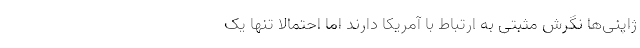
ژاپنی‌ها نگرش مثبتی به ارتباط با آمریکا دارند اما احتمالا تنها یک